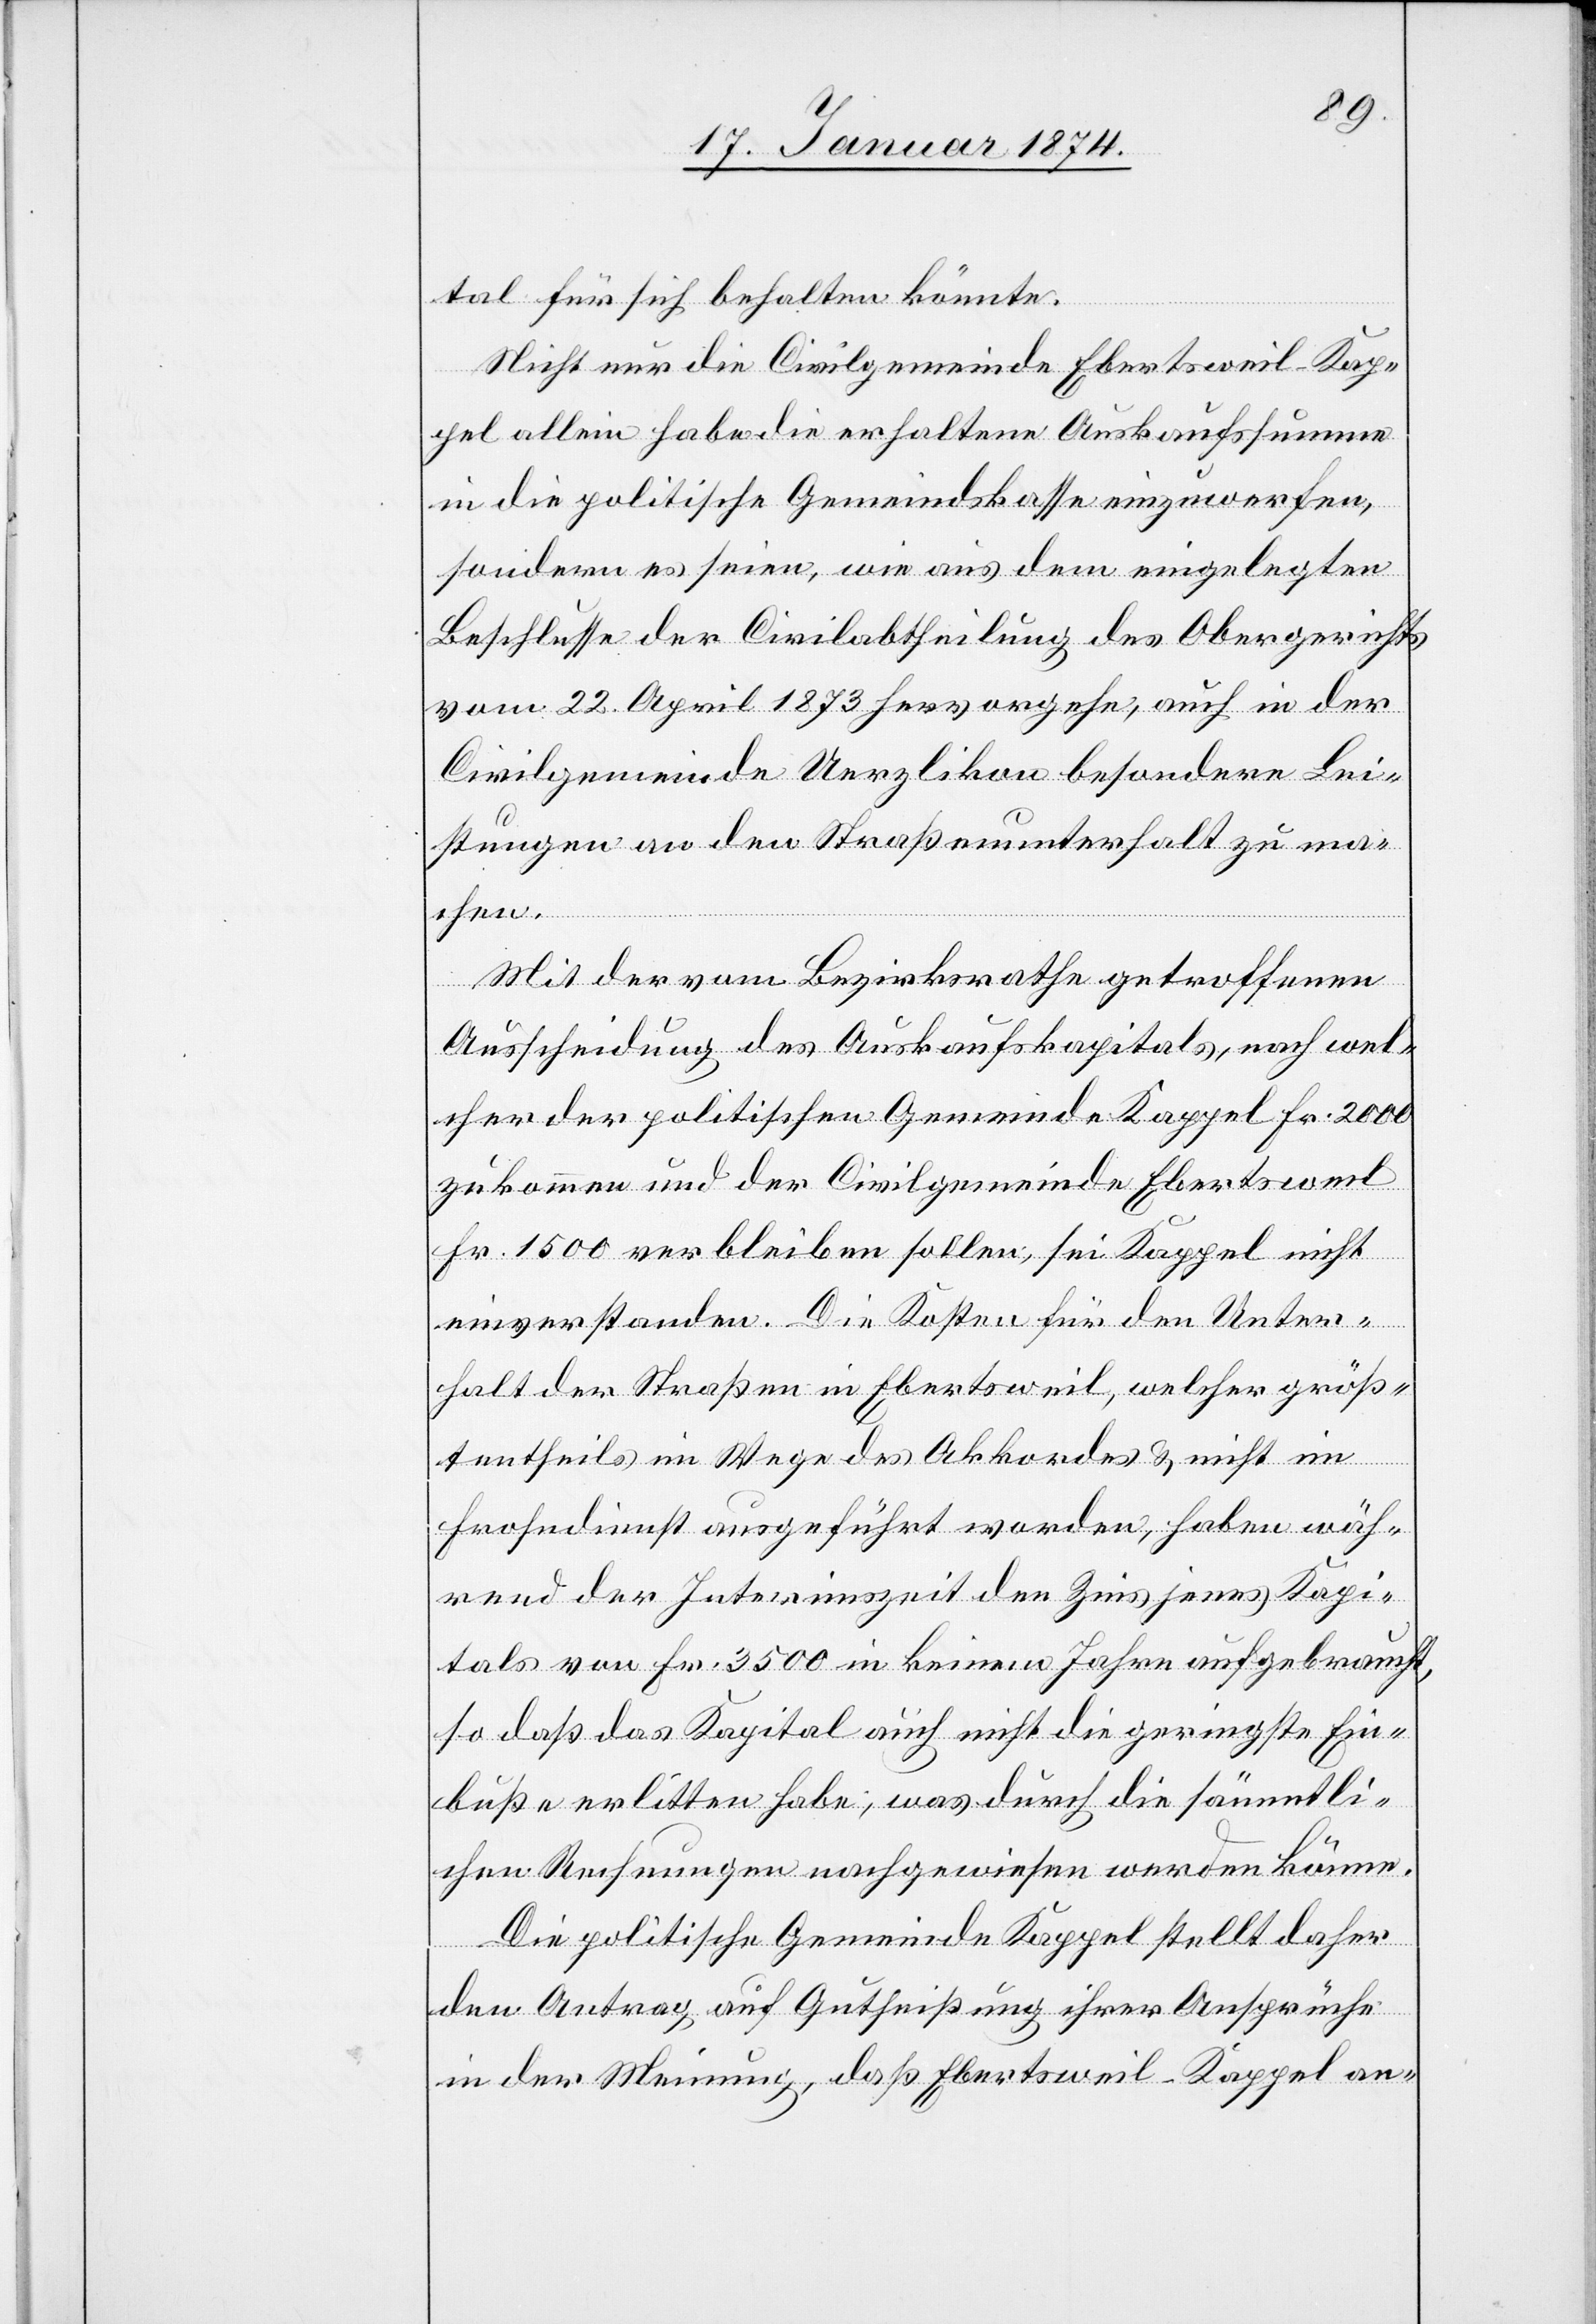
tal für sich behalten könnte.
Nicht nur die Civilgemeinde Ebertsweil-Kap¬
pel allein habe die erhaltene Auskaufssumme
in die politische Gemeindskasse einzuwerfen,
sondern es seien, wie aus dem eingelegten
Beschlusse der Civilabtheilung des Obergerichtes
vom 22. April 1873 hervorgehe, auch in der
Civilgemeinde Uerzlikon besondere Lei¬
stungen an den Straßenunterhalt zu ma¬
chen.
Mit der vom Bezirksrathe getroffenen
Ausscheidung des Auskaufskapitals, nach wel¬
cher der politischen Gemeinde Kappel Fr. 2000
zukommen und der Civilgemeinde Ebertsweil
Fr. 1500 verbleiben sollen, sei Kappel nicht
einverstanden. Die Kosten für den Unter¬
halt der Straßen in Ebertsweil, welcher größ¬
tentheils im Wege des Akkordes & nicht im
Frohndienst ausgeführt werden, haben wäh¬
rend der Interimszeit den Zins jenes Kapi¬
tals von Fr. 3500 in keinem Jahre aufgebraucht,
so daß das Kapital auch nicht die geringste Ein¬
buße erlitten habe, was durch die sämmtli¬
chen Rechnungen nachgewiesen werden könne.
Die politische Gemeinde Kappel stellt daher
den Antrag auf Gutheißung ihrer Ansprüche
in der Meinung, daß Ebertsweil-Kappel an-